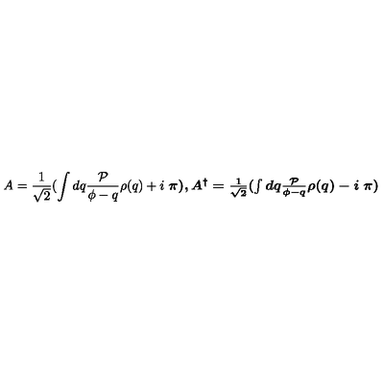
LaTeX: A = \frac { 1 } { \sqrt 2 } ( \int d q \frac { { \cal P } } { \phi - q } \rho ( q ) + i \textup { \boldmath \pi } ) , A ^ { \dagger } = \frac { 1 } { \sqrt 2 } ( \int d q \frac { { \cal P } } { \phi - q } \rho ( q ) - i \textup { \boldmath \pi } )